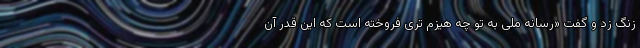
زنگ زد و گفت «رسانه ملی به تو چه هیزم تری فروخته است که این قدر آن